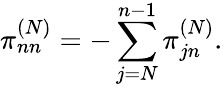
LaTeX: \pi_{nn}^{(N)}=-\sum_{j=N}^{n-1}\pi_{jn}^{(N)}.